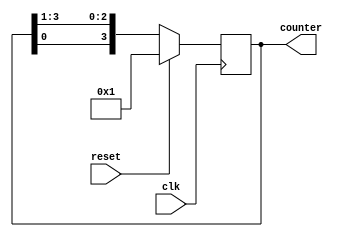
// This program was cloned from: https://github.com/Suni123456789/100DaysRTL
// License: Apache License 2.0

`timescale 1ns / 1ps

module ring_counter #(parameter N=4)
    (input clk, reset,
    output reg [N-1:0] counter );

always @(posedge clk) 
    begin
    
    if (reset) 
        counter <= 1;
     
    else 
        counter <= {counter[0], counter[N-1:1]};
    
    end
endmodule